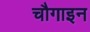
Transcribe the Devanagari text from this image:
चौगाइन